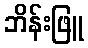
ဘိန်းဖြူ